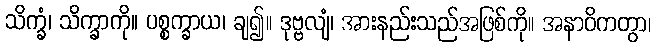
သိက္ခံ၊ သိက္ခာကို။ ပစ္စက္ခာယ၊ ချ၍။ ဒုဗ္ဗလျံ၊ အားနည်းသည်အဖြစ်ကို။ အနာဝိကတွာ၊